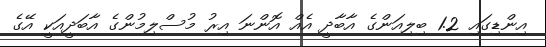
އިންޑިގައި 1.2 ބިލިއަންގެ އާބާދީ އެއް އޮންނަ އިރު މުސްލިމުންގެ އާބަދީއަކީ އޭގެ